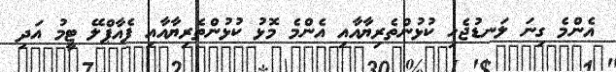
އެންމެ ގިނަ ލަނޑުޖެހި ކުޅުންތެރިޔާއާއި އެންމެ މޮޅު ކުޅުންތެރިޔާއާއި ފެއާޕްލޭ ޓީމު އަދި